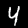
Label: 4